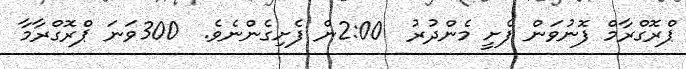
ޕްރޮގްރާމް ފޮނުވަން ފެށީ މެންދުރު  2:00ން ފެށިގެންނެވެ.  300ވަނަ ޕްރޮގްރާމާ